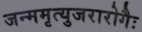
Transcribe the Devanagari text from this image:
जन्ममृत्युजरारोगैः